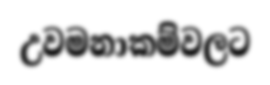
උවමනාකම්වලට